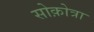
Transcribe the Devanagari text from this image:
सोक़ोत्रा